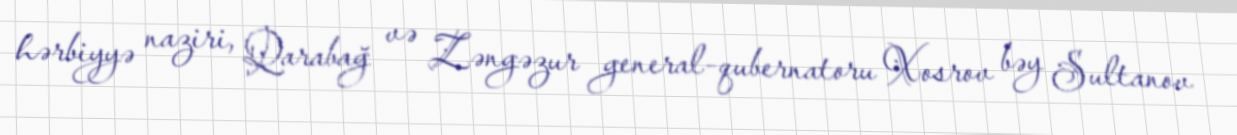
hərbiyyə naziri, Qarabağ və Zəngəzur general-qubernatoru Xosrov bəy Sultanov